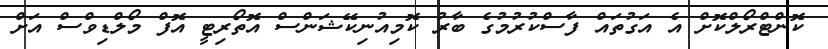
ކޮންޓްރޯލްކޮށް އެ އަގުތައް ފާސްކުރުމުގެ ބާރު ކޮމިއުނިކޭޝަންސް އޮތޯރިޓީ އޮފް މޯލްޑިވްސް އަށް